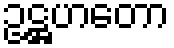
ဥဋ္ဌဟတော